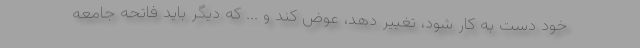
خود دست به کار شود، تغییر دهد، عوض کند و ... که دیگر باید فاتحه جامعه